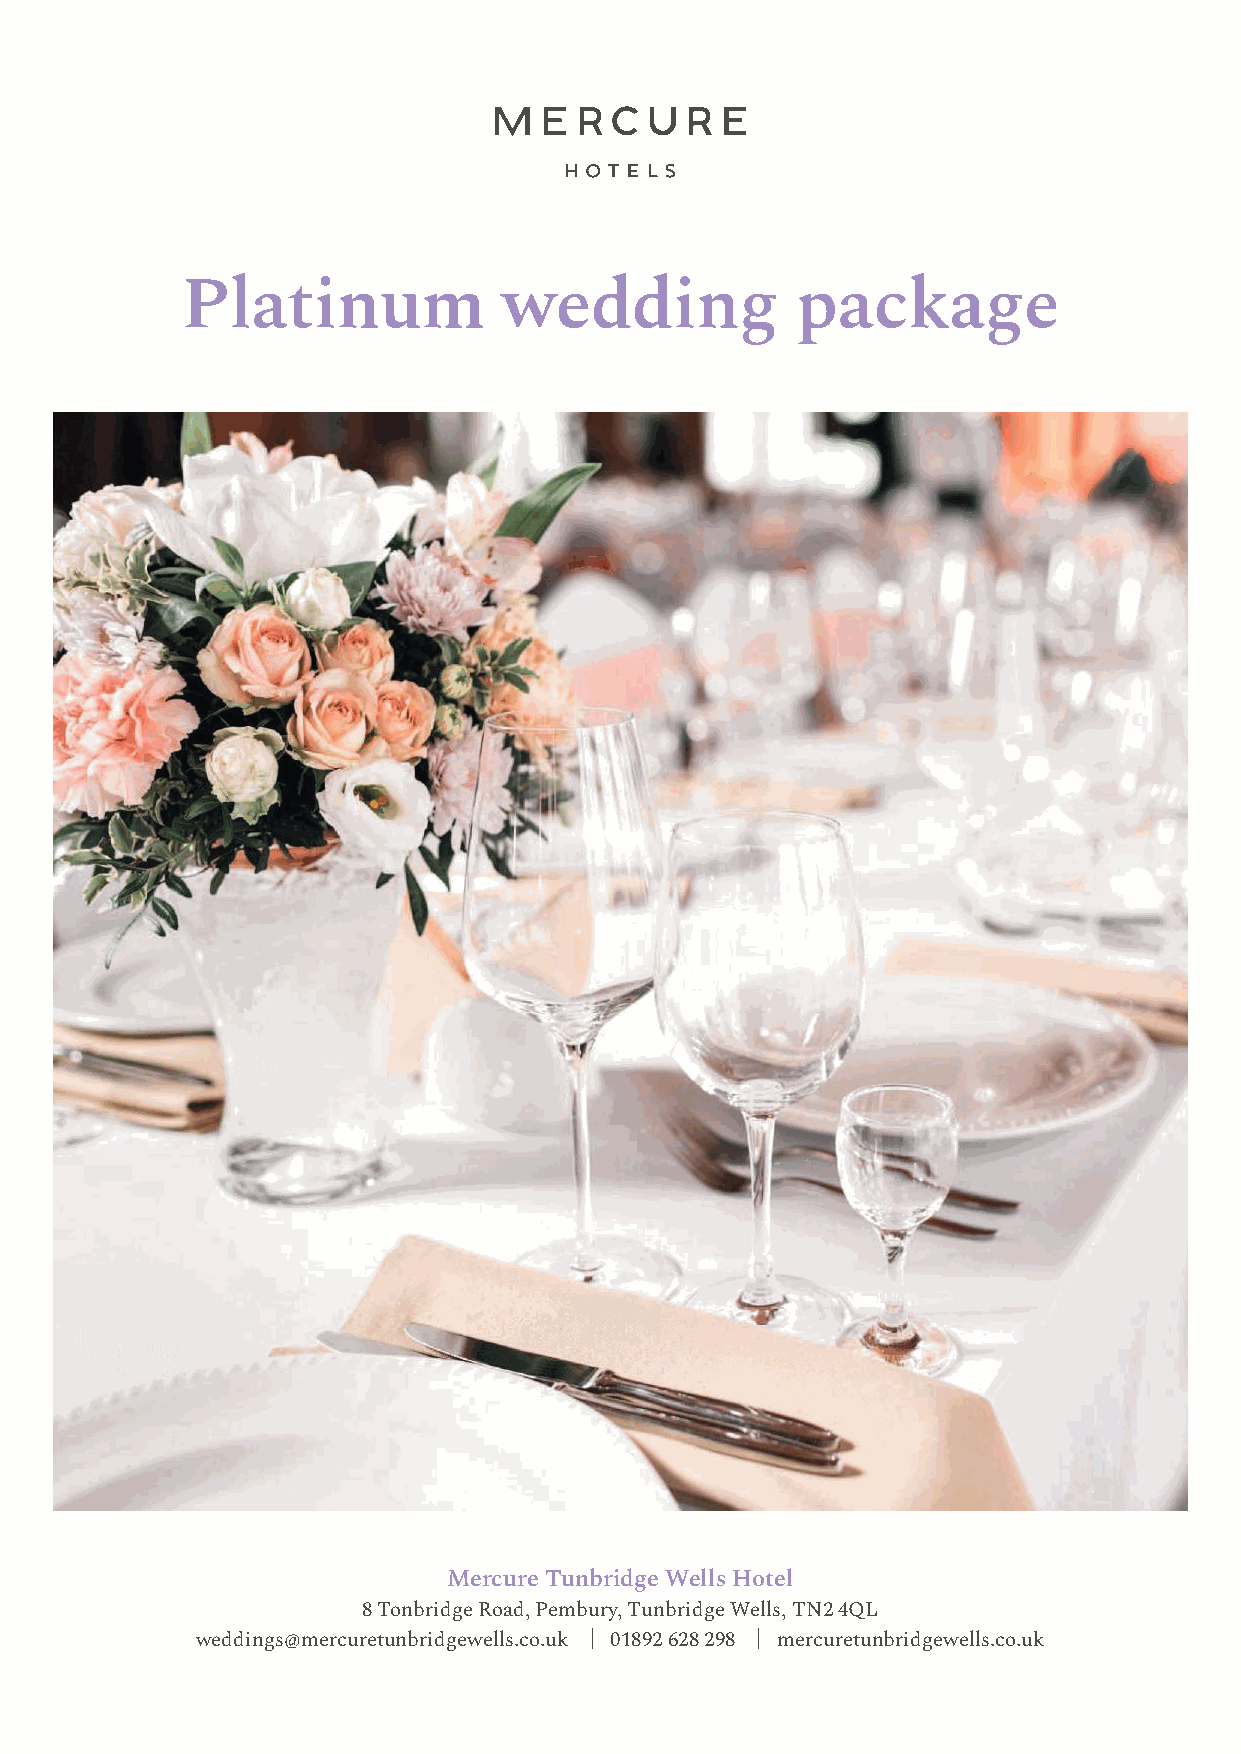
Platinum             wedding             package
 Mercure Tunbridge Wells Hotel
 8 Tonbridge Road, Pembury, Tunbridge Wells, TN2 4QL
 weddings@mercuretunbridgewells.co.uk | 01892 628 298 | mercuretunbridgewells.co.uk